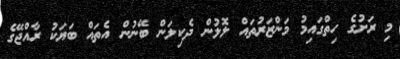
މި ރަށުގެ ހިތްގައިމު މަންޒަރުތައް ލޮލުން ދެކިލަން ބޭނުން އެތައް ބަޔަކު ރާއްޖޭގެ